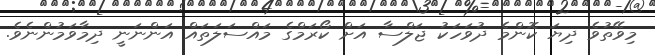
މިވޭތުވެ ދިޔަ ކޮންމެ ދުވަހަކު ޖަލްސާ އަށް ކޯރަމްގެ މައްސަލަތައް އަންނަނީ ދިމާވަމުންނެވެ.